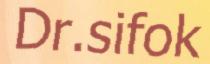
Dr.sifok